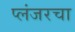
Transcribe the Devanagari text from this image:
प्लंजरचा